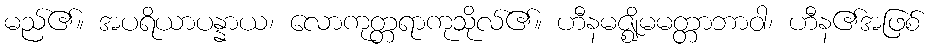
မည်၏။ အပရိယာပန္နာယ၊ လောကုတ္တရာကုသိုလ်၏။ ဟီနမဇ္ဈိမမတ္တာဘာဝါ၊ ဟီန၏အဖြစ်